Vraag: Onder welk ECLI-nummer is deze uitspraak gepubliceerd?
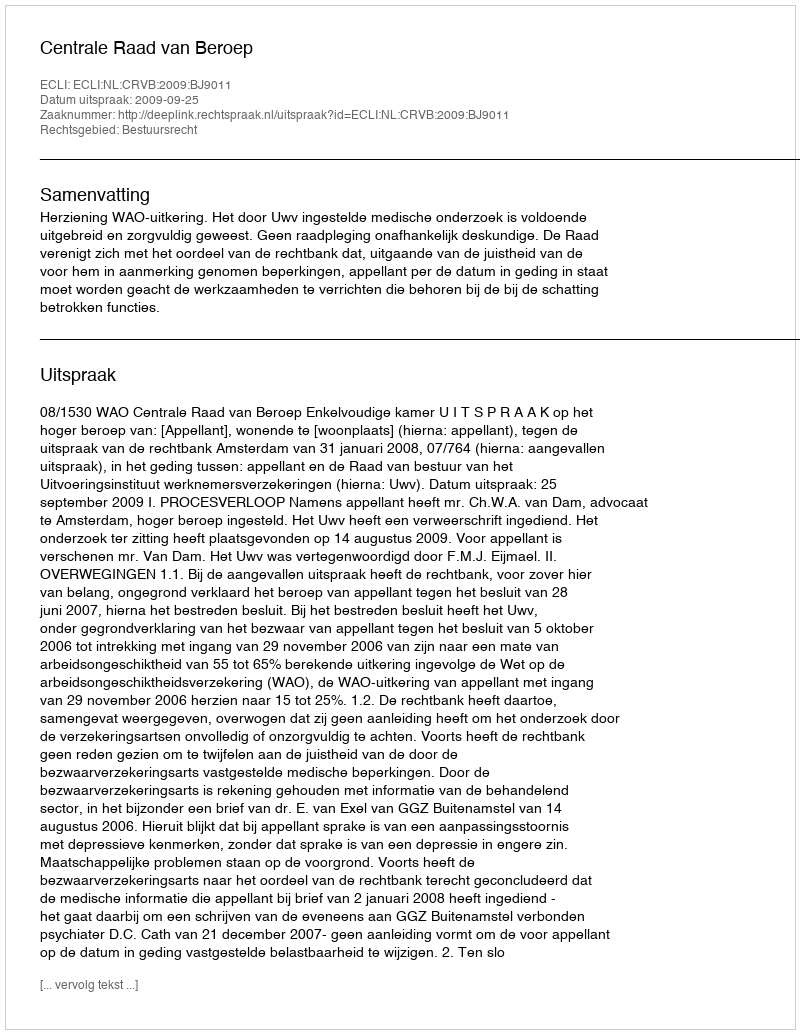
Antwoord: ECLI:NL:CRVB:2009:BJ9011